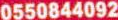
0550844092